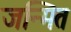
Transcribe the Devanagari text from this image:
जन्मित